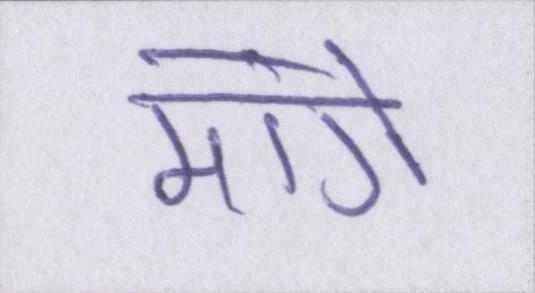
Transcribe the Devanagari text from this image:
मांगें